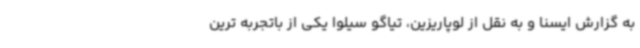
به گزارش ایسنا و به نقل از لوپاریزین، تیاگو سیلوا یکی از باتجربه ترین